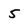
Character: 5